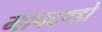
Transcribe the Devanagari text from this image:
मापदण्डो